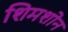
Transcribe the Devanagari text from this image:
शिमशोन